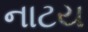
નાટય